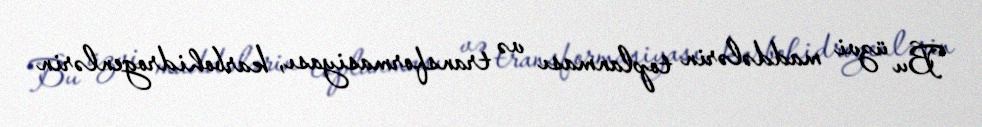
Bu üzvi maddələrin toplanması və transformasiyası, karbohidrogenlərin